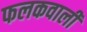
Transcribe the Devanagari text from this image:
फलकवाली